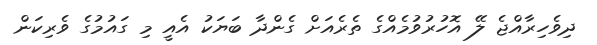
ދިވެހިރާއްޖެ ލޭ އޮހުރުވުމެއްގެ ތެރެއަށް ގެންދާ ބަޔަކު އެއީ މި ގައުމުގެ ވެރިކަން